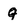
Character: g